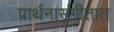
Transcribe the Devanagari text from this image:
प्रार्थनासंगीतात